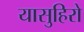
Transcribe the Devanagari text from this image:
यासुहिरो